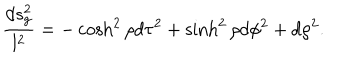
LaTeX: { \frac { d s _ { \mathrm { g } } ^ { 2 } } { l ^ { 2 } } } = - \cosh ^ { 2 } \rho d \tau ^ { 2 } + \sinh ^ { 2 } \rho d \phi ^ { 2 } + d \rho ^ { 2 } .